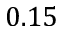
0 . 1 5